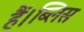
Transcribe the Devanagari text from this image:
हैं।ब्लिस